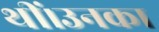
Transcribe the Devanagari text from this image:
थीं।उनका